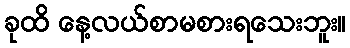
ခုထိ နေ့လယ်စာမစားရသေးဘူး။